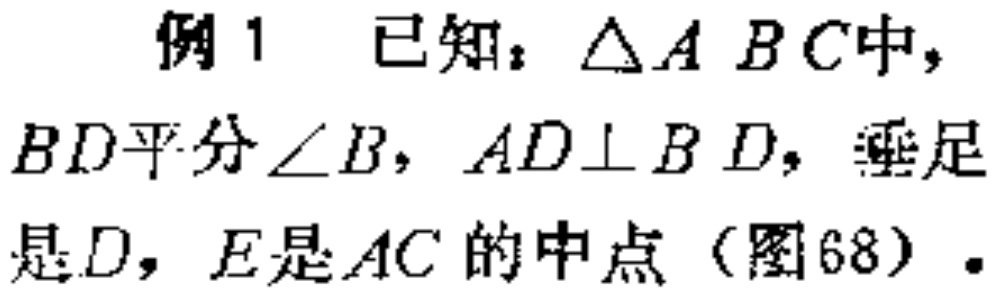
例1 已知：\(\triangle ABC\)中，\(BD\)平分\(\angle B\)，\(AD\perp BD\)，垂足是\(D\)，\(E\)是\(AC\)的中点（图68）.